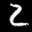
Label: 2